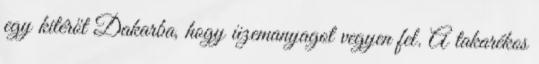
egy kitérőt Dakarba, hogy üzemanyagot vegyen fel. A takarékos